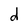
Character: d